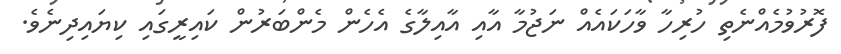
ފޮރުވުމެއްނެތި ހުރިހާ ވާހަކައެއް ނަޖުމާ އާއި އާއިލާގެ އެހެން މެންބަރުން ކައިރީގައި ކިޔައިދިނެވެ.